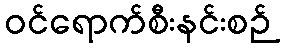
ဝင်ရောက်စီးနင်းစဉ်